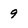
Character: 9